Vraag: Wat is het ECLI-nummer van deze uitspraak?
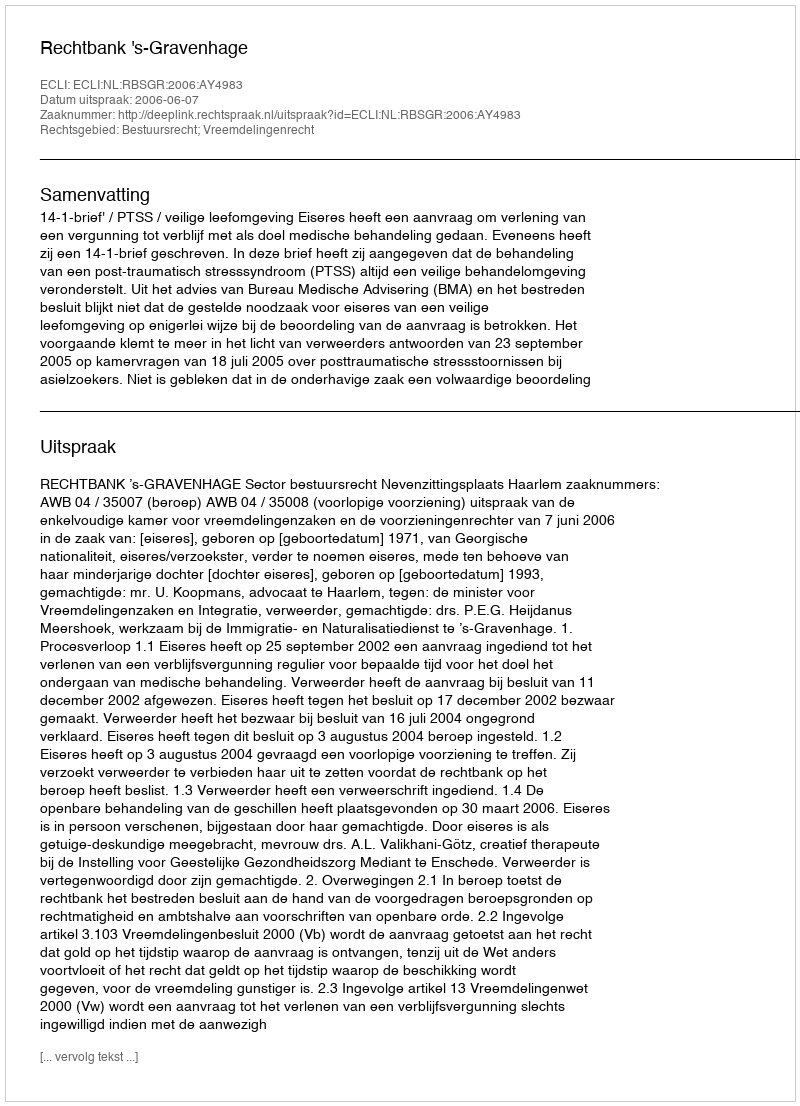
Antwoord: ECLI:NL:RBSGR:2006:AY4983